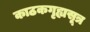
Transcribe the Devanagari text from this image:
काठकगृह्यसूत्र